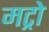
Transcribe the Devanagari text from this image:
मट्रो